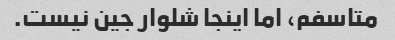
متاسفم، اما اینجا شلوار جین نیست.